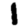
Digit: 1